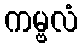
ကမ္ဗလံ